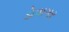
ડોવાગર